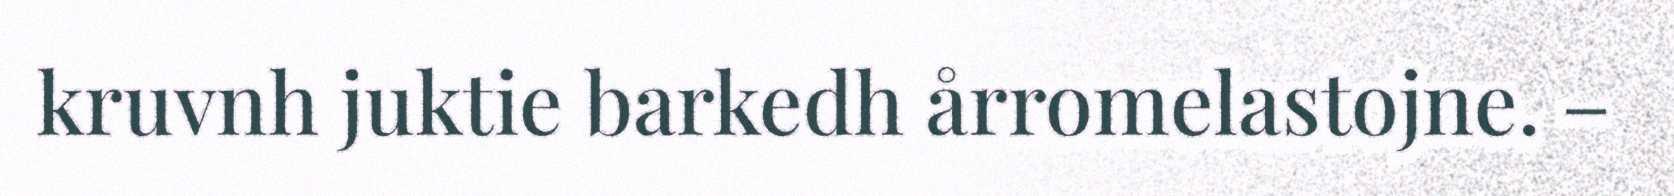
kruvnh juktie barkedh årromelastojne. –